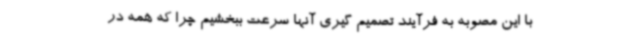
با این مصوبه به فرآیند تصمیم گیری آنها سرعت ببخشیم چرا که همه در